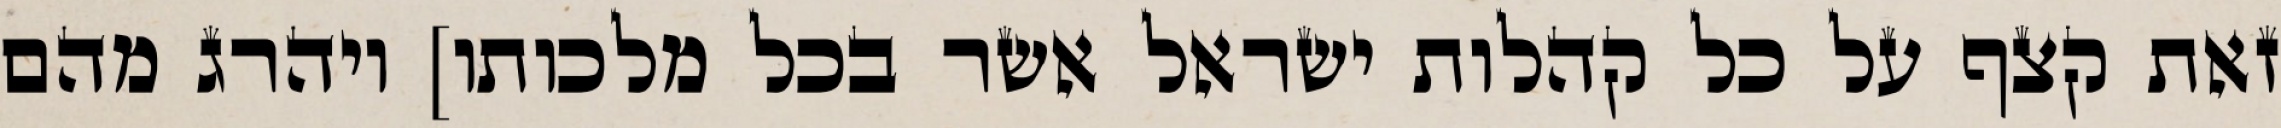
זאת קצף על כל קהלות ישראל אשר בכל מלכותו] ויהרג מהם